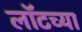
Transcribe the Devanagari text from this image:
लॉटच्या